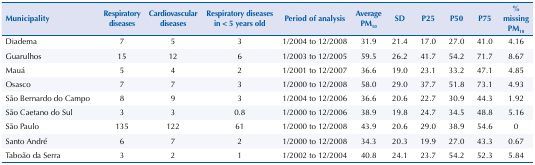
<table><thead><tr><td><b>Municipality</b></td><td><b>Respiratory diseases</b></td><td><b>Cardiovascular diseases</b></td><td><b>Respiratory diseases in &lt; 5 years old</b></td><td><b>Period of analysis</b></td><td><b>Average PM<sub>10</sub></b></td><td><b>SD</b></td><td><b>P25</b></td><td><b>P50</b></td><td><b>P75</b></td><td><b>% missing PM<sub>10</sub></b></td></tr></thead><tbody><tr><td>Diadema</td><td>7</td><td>5</td><td>3</td><td>1/2004 to 12/2008</td><td>31.9</td><td>21.4</td><td>17.0</td><td>27.0</td><td>41.0</td><td>4.16</td></tr><tr><td>Guarulhos</td><td>15</td><td>12</td><td>6</td><td>1/2003 to 12/2005</td><td>59.5</td><td>26.2</td><td>41.7</td><td>54.2</td><td>71.7</td><td>8.67</td></tr><tr><td>Mauá</td><td>5</td><td>4</td><td>2</td><td>1/2001 to 12/2007</td><td>36.6</td><td>19.0</td><td>23.1</td><td>33.2</td><td>47.1</td><td>4.85</td></tr><tr><td>Osasco</td><td>7</td><td>7</td><td>3</td><td>1/2000 to 12/2008</td><td>58.0</td><td>29.0</td><td>37.7</td><td>51.8</td><td>73.1</td><td>4.93</td></tr><tr><td>São Bernardo do Campo</td><td>8</td><td>9</td><td>3</td><td>1/2004 to 12/2006</td><td>36.6</td><td>20.6</td><td>22.7</td><td>30.9</td><td>44.3</td><td>1.92</td></tr><tr><td>São Caetano do Sul</td><td>3</td><td>3</td><td>0.8</td><td>1/2000 to 12/2006</td><td>38.9</td><td>19.8</td><td>24.7</td><td>34.5</td><td>48.8</td><td>5.16</td></tr><tr><td>São Paulo</td><td>135</td><td>122</td><td>61</td><td>1/2000 to 12/2008</td><td>43.9</td><td>20.6</td><td>29.0</td><td>38.9</td><td>54.6</td><td>0</td></tr><tr><td>Santo André</td><td>6</td><td>7</td><td>2</td><td>1/2000 to 12/2008</td><td>34.3</td><td>20.3</td><td>19.9</td><td>27.0</td><td>43.3</td><td>0.67</td></tr><tr><td>Taboão da Serra</td><td>3</td><td>2</td><td>1</td><td>1/2002 to 12/2004</td><td>40.8</td><td>24.1</td><td>23.7</td><td>54.2</td><td>52.3</td><td>5.84</td></tr></tbody></table>